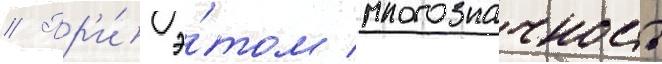
// Пр'и́ э́том многозначность